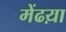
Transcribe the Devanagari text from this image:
मेंढय़ा